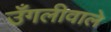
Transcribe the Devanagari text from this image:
उँगलीवाले